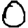
Digit: 0